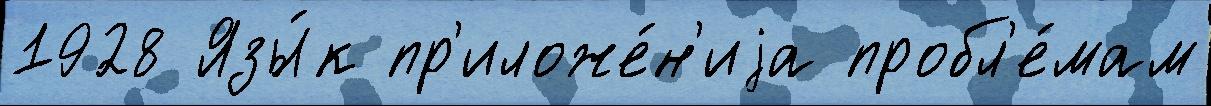
1928 Язы́к пр'иложе́н'иjа пробл'е́мам